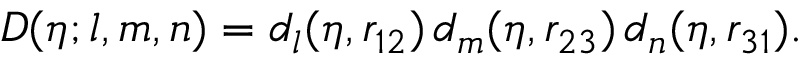
D ( \eta ; l , m , n ) = d _ { l } ( \eta , r _ { 1 2 } ) \, d _ { m } ( \eta , r _ { 2 3 } ) \, d _ { n } ( \eta , r _ { 3 1 } ) .